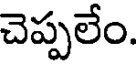
చెప్పలేం.